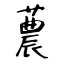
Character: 蕽